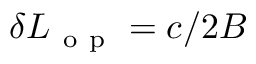
\delta L _ { \mathrm { ~ o ~ p ~ } } = c / 2 B